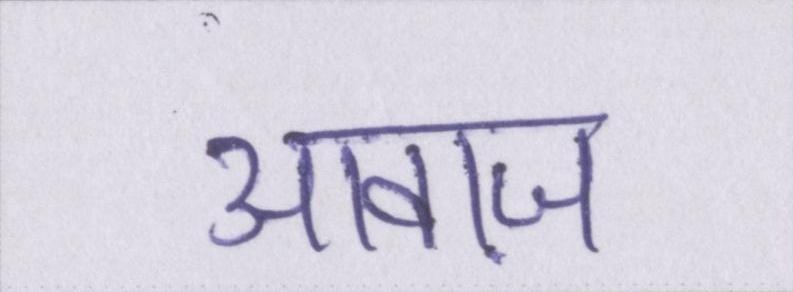
आवाज़